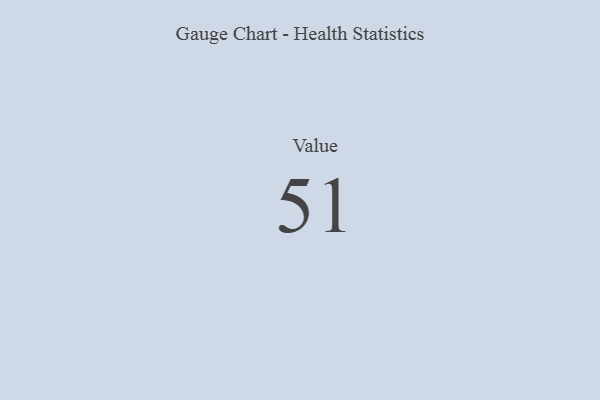
{"axis": {"x": "Metric", "y": "Value"}, "legend": [""], "data": [{"x": "Value", "y": 51, "type": ""}]}